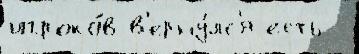
игроко́в в'ерну́лс'я есть -